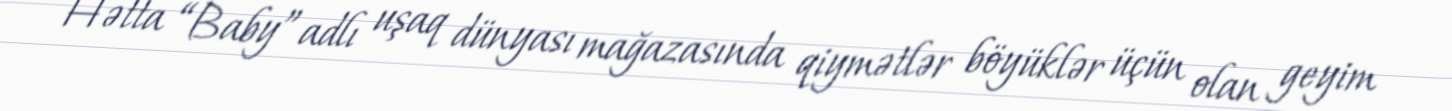
Hətta “Baby” adlı uşaq dünyası mağazasında qiymətlər böyüklər üçün olan geyim